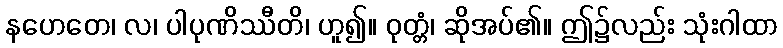
နဟေတေ၊ လ၊ ပါပုဏိဿီတိ၊ ဟူ၍။ ဝုတ္တံ၊ ဆိုအပ်၏။ ဤ၌လည်း သုံးဂါထာ